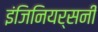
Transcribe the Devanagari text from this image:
इंजिनियर्सनी